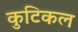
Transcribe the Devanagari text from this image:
कुटिकल